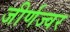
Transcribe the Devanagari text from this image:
जीर्णज्वर